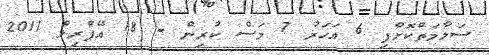
ސަލާމަތްކޮށްފި 6 އަހަރު 7 މަސް ކުރިން - 18 އޭޕްރިލް 2011